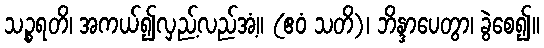
သဉ္စရတိ၊ အကယ်၍လှည့်လည်အံ့။ (ဧဝံ သတိ)၊ ဘိန္ဒာပေတွာ၊ ခွဲစေ၍။